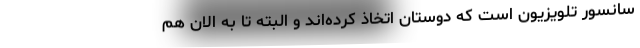
سانسور تلويزيون است که دوستان اتخاذ کرده‌اند و البته تا به الان هم